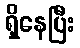
ရှိနေပြီး